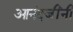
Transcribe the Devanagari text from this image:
आनंदजींनी